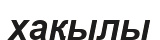
хақылы